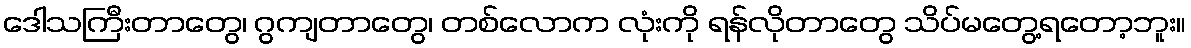
ဒေါသကြီးတာတွေ၊ ဂွကျတာတွေ၊ တစ်လောက လုံးကို ရန်လိုတာတွေ သိပ်မတွေ့ရတော့ဘူး။